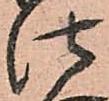
仕